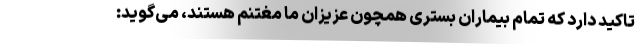
تاکید دارد که تمام بیماران بستری همچون عزیزان ما مغتنم هستند، می‌گوید: